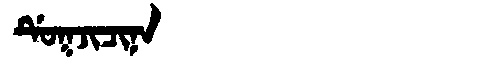
Manchu: ᡩᡠᡴᠵᡳᠴᡳᠨᠠ
Romanization: DUKJICINA